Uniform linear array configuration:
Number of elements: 24
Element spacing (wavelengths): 1
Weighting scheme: binomial
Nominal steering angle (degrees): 45
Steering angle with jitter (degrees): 45.071
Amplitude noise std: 0.05
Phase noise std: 0.05

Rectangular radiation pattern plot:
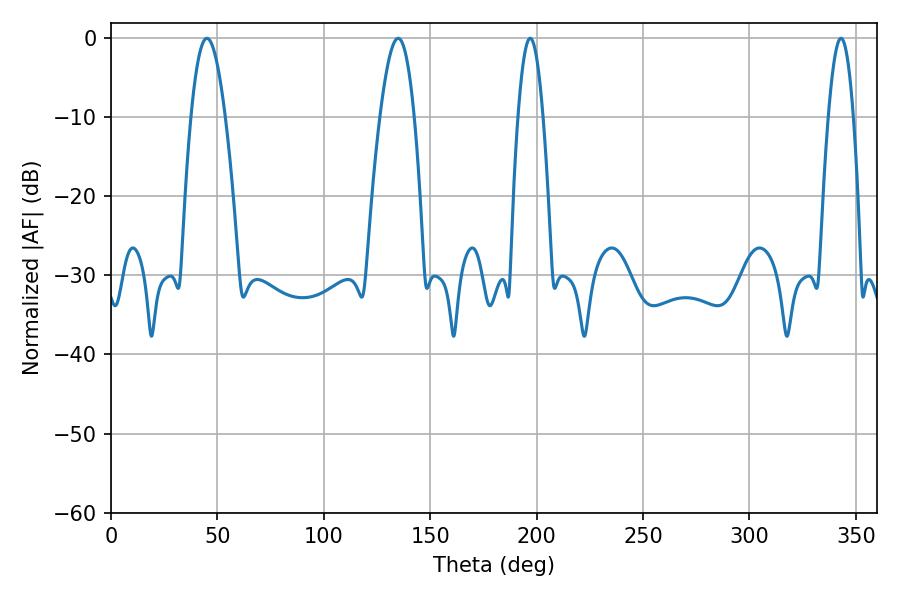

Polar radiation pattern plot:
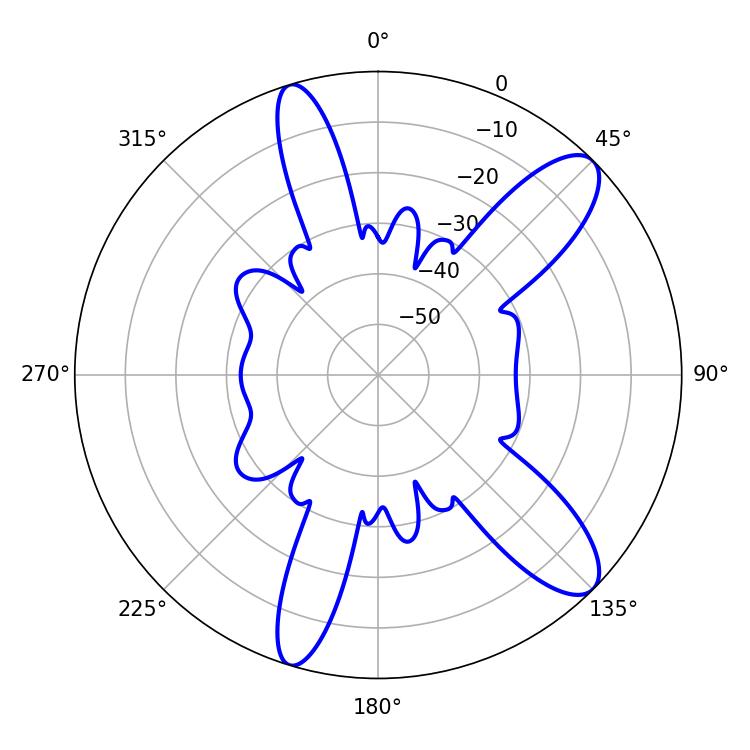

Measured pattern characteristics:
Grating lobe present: TRUE
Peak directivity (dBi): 10.884
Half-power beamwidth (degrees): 8.82
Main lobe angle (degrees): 45